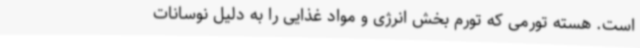
است. هسته تورمی که تورم بخش انرژی و مواد غذایی را به دلیل نوسانات